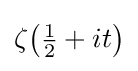
\zeta {\bigl (}{\tfrac {1}{2}}+it{\bigr )}